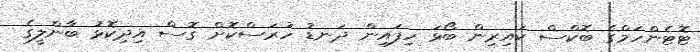
ޓޮޓެންހަމްގެ ބޮކްސް ކައިރިން ބޯޅަ ހިފައިން ދަނޑު ހުރަސްކޮށް ގޮސް އިދިކޮޅު ބާންލީގެ